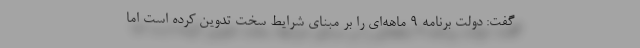
گفت: دولت برنامه 9 ماهه‌ای را بر مبنای شرایط سخت تدوین کرده است اما